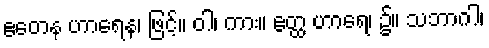
ဧတေန ဟာရေန၊ ဖြင့်။ ဝါ၊ ကား။ ဧတ္ထ ဟာရေ၊ ၌။ သဘာဂါ၊